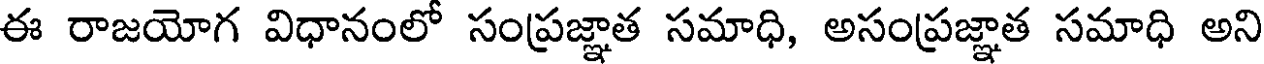
ఈ రాజయోగ విధానంలో సంప్రజ్ఞాత సమాధి, అసంప్రజ్ఞాత సమాధి అని